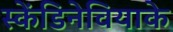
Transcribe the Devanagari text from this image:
स्केंडिनेवियाके